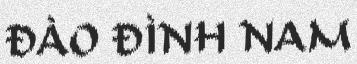
ĐÀO ĐÌNH NAM